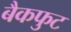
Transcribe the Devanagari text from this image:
बैकफुट